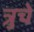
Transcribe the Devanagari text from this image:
त्रुचे